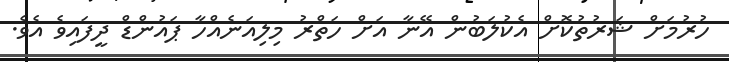
ހުރުމަށް ޝަރުތުކޮށް އެކުލަބުން އޭނާ އަށް ހަތްރު މިލިއަނެއްހާ ޕައުންޑް ދީފައިވެ އެވެ.